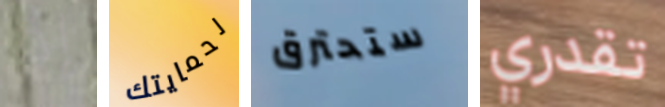
إذا لحمايتك ستحترق تقدري